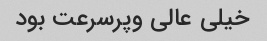
خیلی عالی وپرسرعت بود